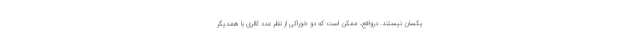
یکسان نیستند. درواقع، ممکن است که دو خوراکی از نظر عدد کالری با همدیگر